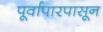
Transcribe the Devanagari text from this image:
पूर्वापारपासून